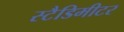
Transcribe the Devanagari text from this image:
स्टैडिमीटर